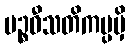
ပဉ္စဝီသတိကပ္ပမှိ